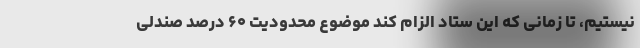
نیستیم، تا زمانی که این ستاد الزام کند موضوع محدودیت ۶۰ درصد صندلی